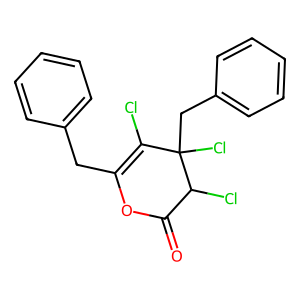
SMILES: O=C1OC(Cc2ccccc2)=C(Cl)C(Cl)(Cc2ccccc2)C1Cl
Inhibits HIV replication: No